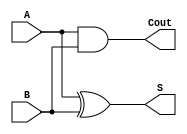
`timescale 1ns / 1ps
//////////////////////////////////////////////////////////////////////////////////
// Company: 
// Engineer: 
// 
// Design Name: 
// Module Name: halfadder
// Project Name: 
// Target Devices: 
// Tool Versions: 
// Description: 
// 
// Dependencies: 
// 
// Revision:
// Revision 0.01 - File Created
// Additional Comments:
// 
//////////////////////////////////////////////////////////////////////////////////
module halfadder(
    input A,
    input B,
    output S,
    output Cout
    );
    assign S=A^B;
    assign Cout=A&B;
endmodule